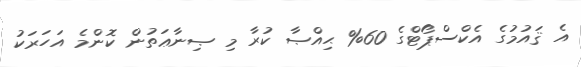
އެ ޤައުމުގެ އެކްސްޕޯޓްގެ 60% ޙިއްޞާ ކުރާ މި ޞިނާޢަތުން ކޮންމެ އަހަރަކު